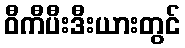
ဝီကီပီးဒီးယားတွင်